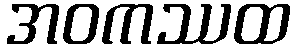
အဝကဿထ